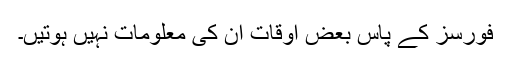
فورسز کے پاس بعض اوقات ان کی معلومات نہیں ہوتیں۔